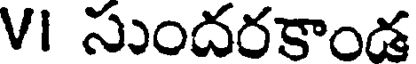
VI సుందరకాండ